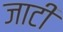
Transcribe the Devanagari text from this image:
जाटी